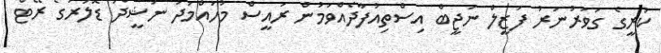
ކުރީގެ ގަވަރުނަރު ފަޒީލް ނަޖީބް އިސްތިއުފާދެއްވަމުން ރައީސް މުހައްމަދު ނަޝީދު ޑޮލަރުގެ ރޭޓް